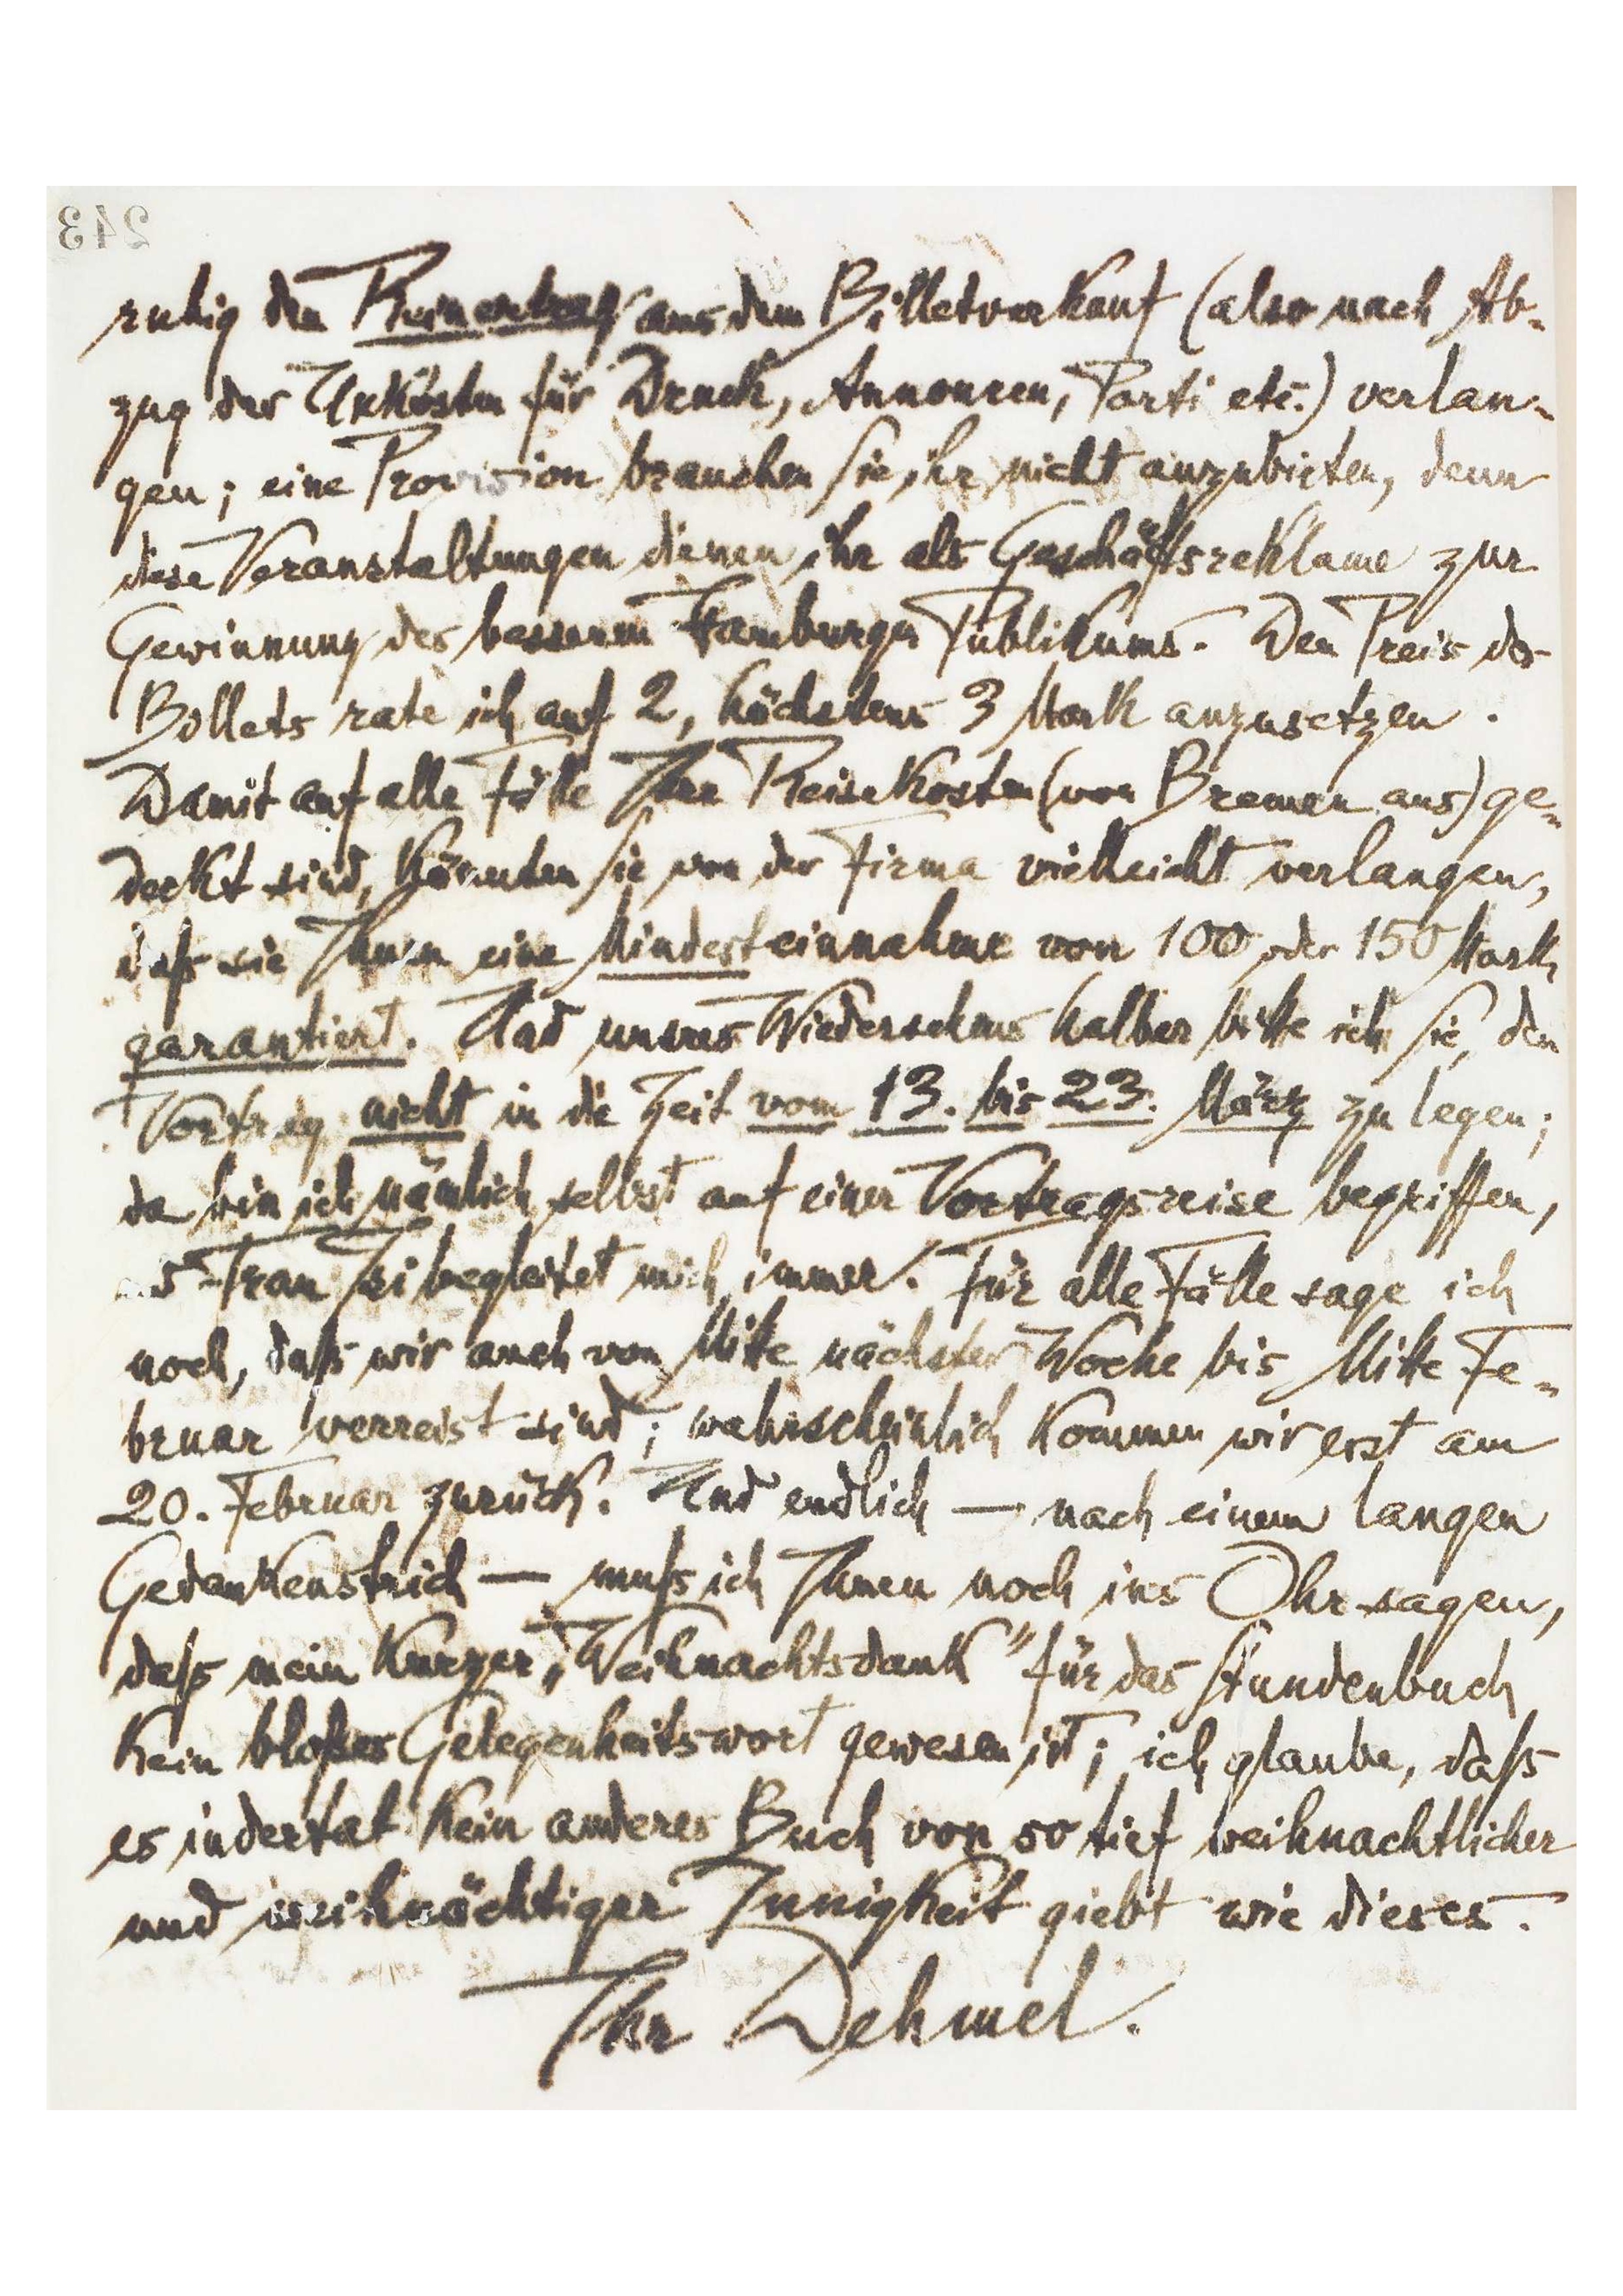
[243]
ruhig den Reinertrag aus dem Billetverkauf (also nach Ab-
zug der Unkosten für Druck, Annoncen, Porti etc.) verlan-
gen; eine Provision brauchen Sie ihr nicht anzubieten, denn
diese Veranstaltungen dienen ihr als Geschäftsreklame zur
Gewinnung des besseren Hamburger Publikums. Den Preis der
Billets rate ich auf 2, höchstens 3 Mark anzusetzen.
Damit auf alle Fälle Ihre Reisekosten (von Bremen aus) ge-
deckt sind, könnten Sie von der Firma vielleicht verlangen,
daß sie Ihnen eine Mindesteinnahme von 100 oder 150 Mark
garantiert. Und unsres Wiedersehens halber bitte ich Sie,
den Vortrag nicht in die Zeit vom 13. bis 23. März zu legen;
da bin ich nämlich selbst auf einer Vortragsreise begriffen,
und Frau Isi begleitet mich immer. Für alle Fälle sage ich
noch, daß wir auch von Mitte nächster Woche bis Mitte Fe-
bruar verreist sind; wahrscheinlich kommen wir erst am
20. Februar zurück. Und endlich – nach einem langen
Gedankenstrich – muß ich Ihnen noch ins Ohr sagen,
daß mein kurzer „Weihnachtsdank‟ für das Stundenbuch
kein bloßes Gelegenheitswort gewesen ist; ich glaube, daß
es indertat kein anderes Buch von so tief weihnachtlicher
und weihnächtiger Innigkeit giebt wie dieses.
Ihr Dehmel.